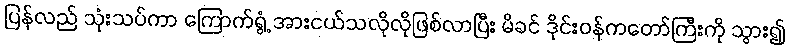
ပြန်လည် သုံးသပ်ကာ ကြောက်ရွံ့ အားငယ်သလိုလိုဖြစ်လာပြီး မိခင် ဒိုင်းဝန်ကတော်ကြီးကို သွား၍